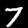
Digit: 7